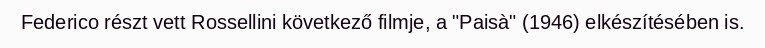
Federico részt vett Rossellini következő filmje, a "Paisà" (1946) elkészítésében is.